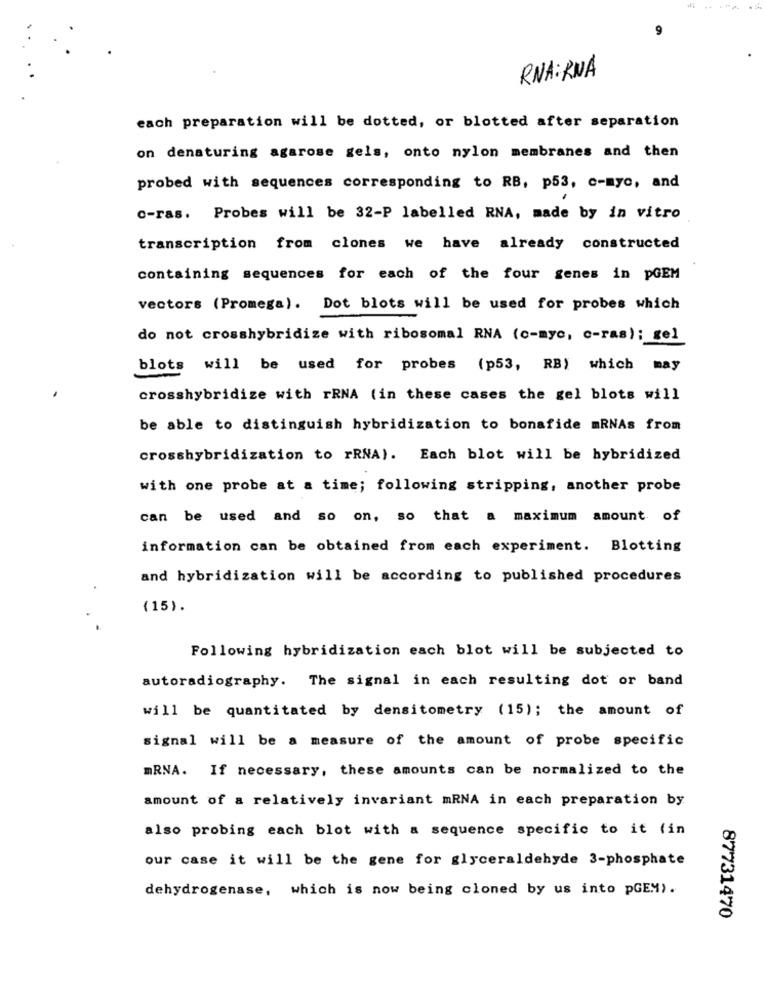
RNA: RNA
each preparation will be dotted, or blotted after separation
on denaturing agarose gels, onto nylon membranes and then
probed with sequences corresponding to RB, p53, c-myc, and
c-ras. Probes will be 32-P labelled RNA, made by in vitro
transcription from clones we have already constructed
containing sequences for each of the four genes in pGEM
vectors (Promega). Dot blots will be used for probes which
do not crosshybridize with ribosomal RNA (c-myc, c-ras); gel
blots will be used for probes (p53, RB) which may
crosshybridize with rRNA (in these cases the gel blots will
be able to distinguish hybridization to bonafide mRNAs from
crosshybridization to rRNA). Each blot will be hybridized
with one probe at a time; following stripping, another probe
can be used and so on, so that a maximum amount of
information can be obtained from each experiment. Blotting
and hybridization will be according to published procedures
(15).
Following hybridization each blot will be subjected to
autoradiography. The signal in each resulting dot or band
will be quantitated by densitometry (15); the amount of
signal will be a measure of the amount of probe specific
mRNA. If necessary, these amounts can be normalized to the
amount of a relatively invariant mRNA in each preparation by
also probing each blot with a sequence specific to it (in
our case it will be the gene for glyceraldehyde 3-phosphate
dehydrogenase, which is now being cloned by us into pGEM).
87731470